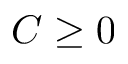
C \geq 0